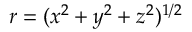
r = ( x ^ { 2 } + y ^ { 2 } + z ^ { 2 } ) ^ { 1 / 2 }